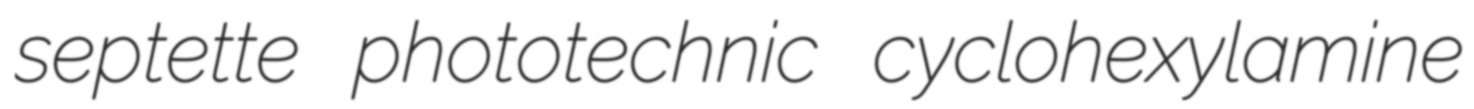
septette phototechnic cyclohexylamine